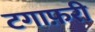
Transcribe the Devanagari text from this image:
टगाफ़री